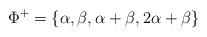
LaTeX: \begin{align*}\Phi^+=\{\alpha, \beta, \alpha+\beta, 2\alpha+\beta\}\end{align*}